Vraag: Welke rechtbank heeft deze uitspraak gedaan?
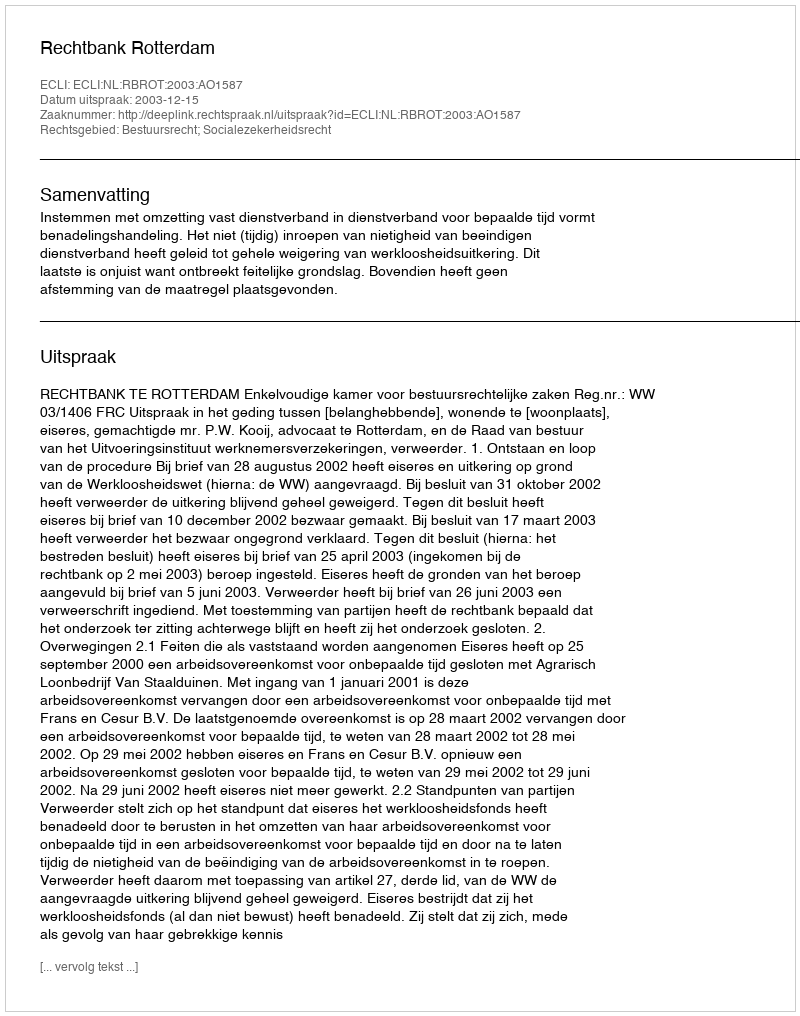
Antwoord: Rechtbank Rotterdam